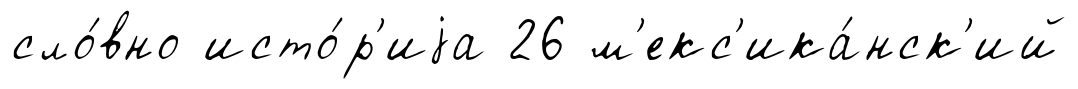
сло́вно исто́р'иjа 26 м'екс'ика́нск'ий